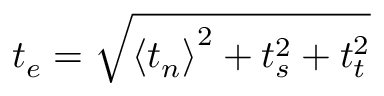
t _ { e } = \sqrt { \left\langle t _ { n } \right\rangle ^ { 2 } + t _ { s } ^ { 2 } + t _ { t } ^ { 2 } }